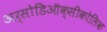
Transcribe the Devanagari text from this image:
अर्सोडिऑक्सीकोलिक